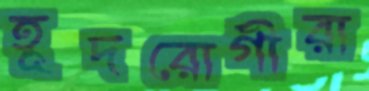
হূদরোগীরা